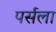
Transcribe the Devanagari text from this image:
पर्सला